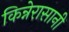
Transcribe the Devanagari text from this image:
किन्नेरासानी